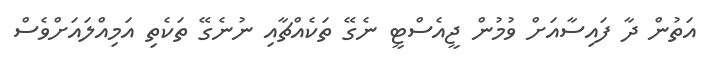
އަތުން ދާ ފައިސާއަށް ވުމުން ޖީއެސްޓީ ނެގޭ ތަކެއްޗާއި ނުނެގޭ ތަކެތި އަމިއްލައަށްވެސް